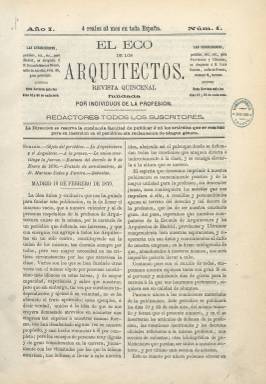
Título: El Eco de los arquitectos
Colección: Arquitectura y construcción
Ámbito geográfico: Madrid
Lugar de publicación: Madrid
Fechas: 10/02/1870-20/09/1872

Es una de las primeras revistas profesionales de arquitectura que se publican en España, y fue fundada por estudiantes de la Escuela de Arquitectura de Madrid, para la defensa de sus intereses corporativos, en la que serán publicados artículos doctrinales (teóricos y de opinión) y técnicos, e información sobre legislación, subastas, vacantes o bibliografía. En su cabecera se indica que sus redactores serán “todos los suscritores”.

Aparece su primer número el 10 de febrero de 1870, en entregas quincenales (los días 10 y 25 de cada mes), generalmente, de ocho páginas, compuestas a dos columnas, en las que insertará algunas ilustraciones dentro de texto y otras pocas fuera del mismo. En abril de 1872 (número 53) pasará a estar dirigida por el arquitecto Ricardo Marcos Bausá (1846-1915).

Al parecer, su publicación responde a una oposición a la legislación de carácter liberalizador promulgada por Práxedes Mateo Sagasta por la que se le atribuía a los maestros de obras funciones propias de los arquitectos, por lo que desde sus páginas se polemizó sobre esta cuestión, y se pidió, también, el desarrollo orgánico de los arquitectos del Estado.

También publicará algún discurso, noticias breves de España y del extranjero, y, en concreto, sobre la Exposición Universal de Viena de 1873. Asimismo ofrece varias propuestas constructivas, como las referidas a unos mercados de hierro, la de una iglesia parroquial, la del Teatro Principal de La Coruña, o la de un barrio de jornaleros pobres en Madrid.

También prestará atención a cuestiones de la enseñanza de la arquitectura y de tipo académico y asociativo. Y entre los grabados que inserta, aparece el proyecto premiado en un concurso de la planta de un edificio para el Monte de Piedad y Caja de Ahorros.

Entre los firmantes de sus textos aparecen los nombres del profesor Mariano Calvo y Pereira, del ingeniero civil y arquitecto Enrique Berrocal, de Miguel Martínez Ginesta, José María Repullés, Domingo Inza, Eugenio de la Cámara, Luis Cabello y Aso, Miguel Garriga y Roca, Modesto Fossas y Pi o C. Gutiérrez, entre otros profesionales.

Al principio fue estampada en el Establecimiento Tipográfico de Tomás Rey, y posteriormente en la Imprenta de R. Anoz. Publicó 64 números, que suman un total de 482 páginas, correspondiendo el último al 20 de septiembre de 1872. Aunque al principio de cada entrega da cuenta del sumario, no publica ningún índice general.

Como referencia bibliográfica citamos la tesis doctoral realizada por Eva Hurtado Torán en la Universidad Politécnica de Madrid sobre las publicaciones periódicas de arquitectura en España (2001).